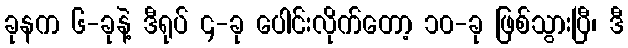
ခုနက ၆-ခုနဲ့ ဒီရုပ် ၄-ခု ပေါင်းလိုက်တော့ ၁၀-ခု ဖြစ်သွားပြီ၊ ဒီ